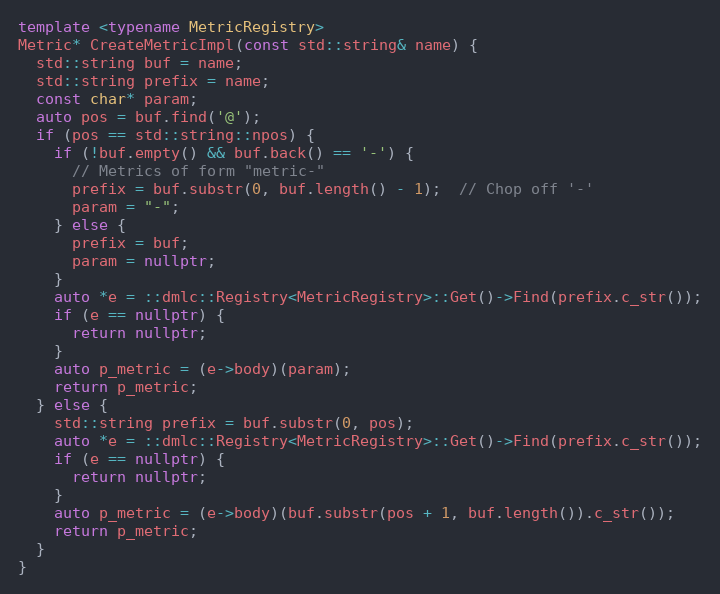
Language: C++
template <typename MetricRegistry>
Metric* CreateMetricImpl(const std::string& name) {
  std::string buf = name;
  std::string prefix = name;
  const char* param;
  auto pos = buf.find('@');
  if (pos == std::string::npos) {
    if (!buf.empty() && buf.back() == '-') {
      // Metrics of form "metric-"
      prefix = buf.substr(0, buf.length() - 1);  // Chop off '-'
      param = "-";
    } else {
      prefix = buf;
      param = nullptr;
    }
    auto *e = ::dmlc::Registry<MetricRegistry>::Get()->Find(prefix.c_str());
    if (e == nullptr) {
      return nullptr;
    }
    auto p_metric = (e->body)(param);
    return p_metric;
  } else {
    std::string prefix = buf.substr(0, pos);
    auto *e = ::dmlc::Registry<MetricRegistry>::Get()->Find(prefix.c_str());
    if (e == nullptr) {
      return nullptr;
    }
    auto p_metric = (e->body)(buf.substr(pos + 1, buf.length()).c_str());
    return p_metric;
  }
}